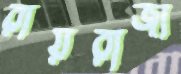
রায়রাজা